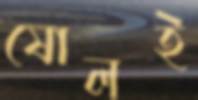
ষোলই